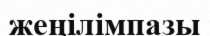
жеңілімпазы